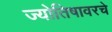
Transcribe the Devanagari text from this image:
ज्योतिषावरचे